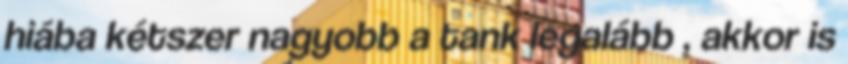
hiába kétszer nagyobb a tank legalább , akkor is